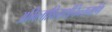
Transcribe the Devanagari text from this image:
अभिलाषितार्थचिन्तामणि